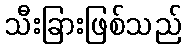
သီးခြားဖြစ်သည်